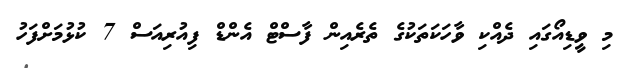
މި ވީޑިއޯގައި ދެއްކި ވާހަކަތަކުގެ ތެރެއިން ފާސްޓް އެންޑް ފިއުރިއަސް 7 ކުޅުމަށްފަހު